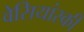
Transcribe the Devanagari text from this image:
वेसियांस्की